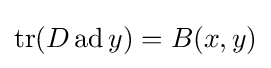
\operatorname {tr} (D\operatorname {ad} y)=B(x,y)